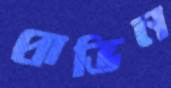
প্রাভিন